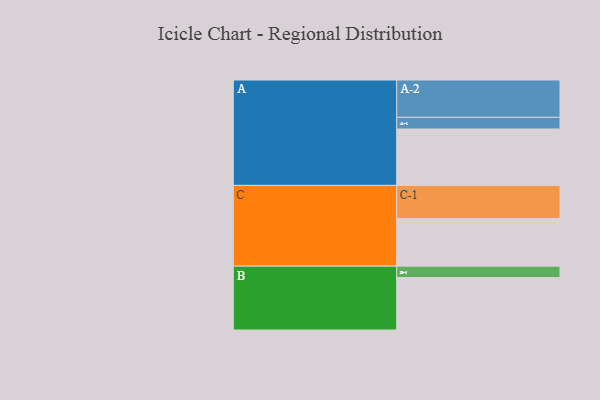
{"axis": {"x": "Segment", "y": "Value"}, "legend": ["", "A", "B", "C"], "data": [{"x": "A", "y": 387, "type": ""}, {"x": "B", "y": 360, "type": ""}, {"x": "C", "y": 327, "type": ""}, {"x": "A-1", "y": 80, "type": "A"}, {"x": "A-2", "y": 256, "type": "A"}, {"x": "B-1", "y": 78, "type": "B"}, {"x": "C-1", "y": 227, "type": "C"}]}